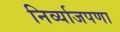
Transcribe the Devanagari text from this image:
निर्व्याजपणा